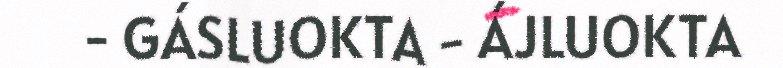
- GÁSLUOKTA - ÁJLUOKTA